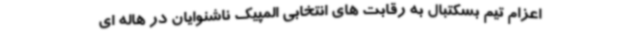
اعزام تیم بسکتبال به رقابت های انتخابی المپیک ناشنوایان در هاله ای